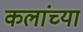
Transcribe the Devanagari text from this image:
कलांच्‍या